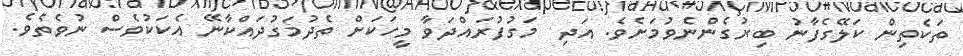
ތަކެތިން ކަލޭގެފާނު ބިރުގެންނެވުމަށެވެ. އަދި  މަގުފުރައްދަވާ މީހަކަށް ތެދުމަގުދައްކާނޭ އެކަކުވެސް ނުވެތެވެ.